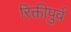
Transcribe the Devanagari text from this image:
रिक्तीपुर्व